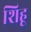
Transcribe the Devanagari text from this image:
शिहू